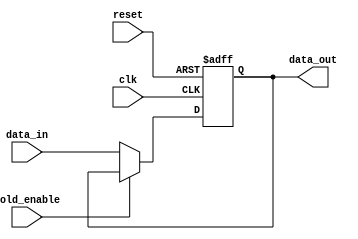
module hold_condition (
    input wire clk,            // Clock signal
    input wire reset,          // Reset signal
    input wire hold_enable,    // Hold enable signal
    input wire [7:0] data_in,  // Data input signal (8-bit wide)
    output reg [7:0] data_out   // Data output signal (8-bit wide)
);

    // Predefined initial value for reset
    parameter INITIAL_VALUE = 8'b00000000;

    always @(posedge clk or posedge reset) begin
        if (reset) begin
            // On reset, set data_out to the initial value
            data_out <= INITIAL_VALUE;
        end else if (!hold_enable) begin
            // If hold_enable is deasserted, update data_out with data_in
            data_out <= data_in;
        end
        // If hold_enable is asserted, retain the current value of data_out
    end

endmodule